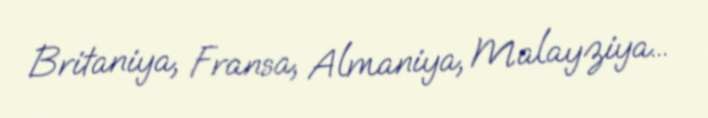
Britaniya, Fransa, Almaniya, Malayziya...